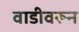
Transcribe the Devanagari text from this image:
वाडीवरून